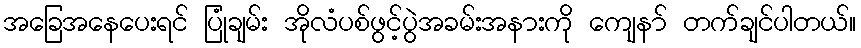
အခြေအနေပေးရင် ပြုံချမ်း အိုလံပစ်ဖွင့်ပွဲအခမ်းအနားကို ကျေနာ် တက်ချင်ပါတယ်။